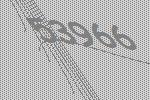
53966